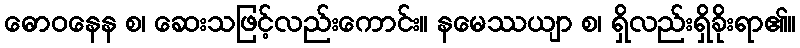
ဓောဝနေန စ၊ ဆေးသဖြင့်လည်းကောင်း။ နမေဿယျာ စ၊ ရှိလည်းရှိခိုးရာ၏။